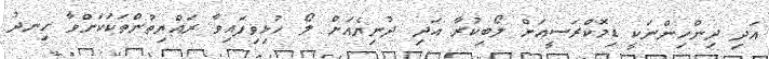
އަދި ދިންހިންނަކީ ޑިމޮކްރަސީއަށް ލޯބިކުރާ އަދި ދުނިޔެއަށް ލޯ ހުޅިވިފައިވާ ރައްޔިތުންތަކަކަށްވާ ހިނދު